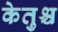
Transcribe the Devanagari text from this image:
केतुश्च